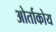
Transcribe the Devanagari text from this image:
ओर्ताकोय